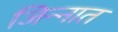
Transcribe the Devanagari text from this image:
जिन्‍नात